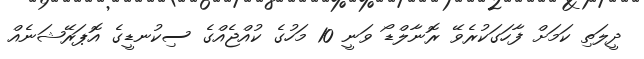
ދީލަތި ކަމަށް ފާހަގަކުރެވޭ ރޮނާލްޑޯ ވަނީ 10 މަހުގެ ކުއްޖެއްގެ ސިކުނޑީގެ އޮޕަރޭޝަނެއް